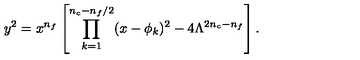
y ^ { 2 } = x ^ { n _ { f } } \left[ \prod _ { k = 1 } ^ { n _ { c } - n _ { f } / 2 } ( x - \phi _ { k } ) ^ { 2 } - 4 \Lambda ^ { 2 n _ { c } - n _ { f } } \right] .